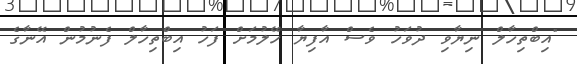
"އިބްތިހާލް ނިޔާވި ދުވަހު ވެސް އާފިޔާ ހޭލުމަށް ފަހު އިބްތިހާލް ފެނުމުން އޭނާގެ